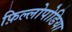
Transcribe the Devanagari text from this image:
फ़िल्लोपोडिया